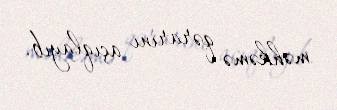
məhkəmə qərarını açıqlayıb.